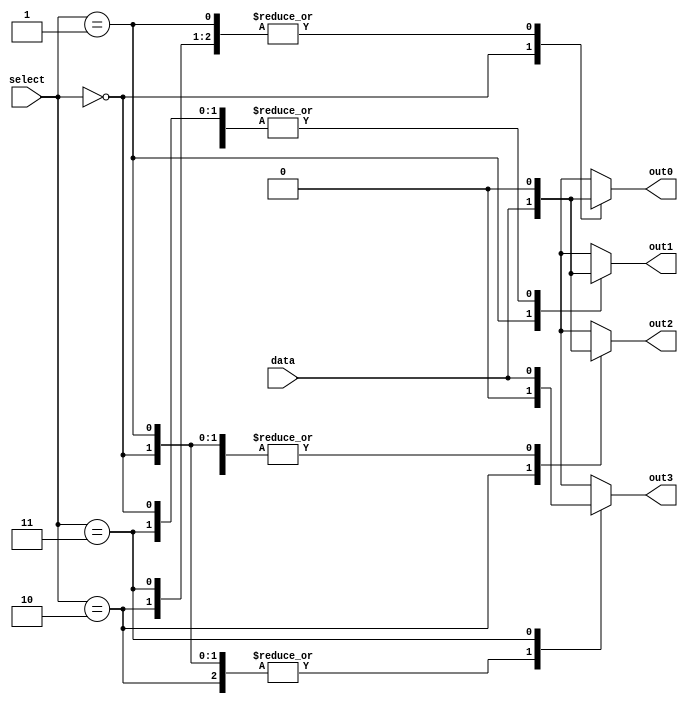
module demultiplexer (
    input wire [1:0] select,
    input wire data,
    output reg out0,
    output reg out1,
    output reg out2,
    output reg out3
);

always @(*) begin
    case (select)
        2'b00: begin
            out0 = data;
            out1 = 1'b0;
            out2 = 1'b0;
            out3 = 1'b0;
        end
        2'b01: begin
            out0 = 1'b0;
            out1 = data;
            out2 = 1'b0;
            out3 = 1'b0;
        end
        2'b10: begin
            out0 = 1'b0;
            out1 = 1'b0;
            out2 = data;
            out3 = 1'b0;
        end
        2'b11: begin
            out0 = 1'b0;
            out1 = 1'b0;
            out2 = 1'b0;
            out3 = data;
        end
    endcase
end

endmodule